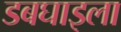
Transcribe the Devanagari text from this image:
डबघाइला